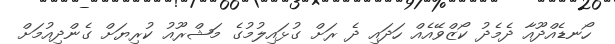
ހޯނޑެއްދޫއާ ދެމެދު ކޯޒްވޭއެއް ހަދައި ދެ ރަށް ގުޅައިލުމުގެ މަޝްރޫއު ކުރިޔަށް ގެންދިއުމަށް